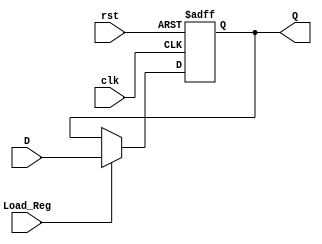
`timescale 1ns / 1ps

module fact_reg #(parameter w = 32)(
    input wire clk, rst,
    input wire [w-1:0] D,
    input wire Load_Reg,
    output reg [w-1:0] Q
    );
    always @ (posedge clk, posedge rst)
    if (rst) Q <= 0 ;
    else if (Load_Reg) Q <= D;
    else Q <= Q;
endmodule